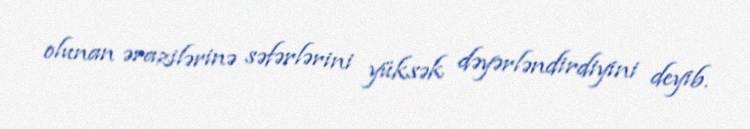
olunan ərazilərinə səfərlərini yüksək dəyərləndirdiyini deyib.